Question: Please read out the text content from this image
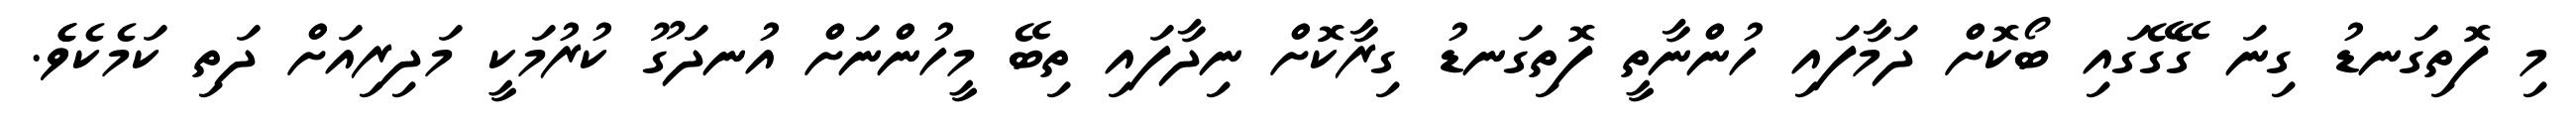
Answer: މި ފޮތިގަނޑު ގިނަ ގޭގޭގައި ބޯކޮށް ދަމާފައި ހުންނާތީ ފޮތިގަނޑު ގިރާކޮށް ނިދާފައި ތިބޭ މީހުންނަށް އުނދަގޫ ކުރުމަކީ މަދިރިއަށް ދަތި ކަމެކެވެެ.